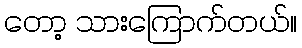
တော့ သားကြောက်တယ်။